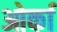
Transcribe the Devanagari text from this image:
ओर्का